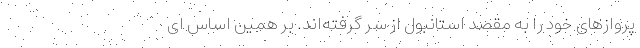
پروازهای خود را به مقصد استانبول از سر گرفته‌اند. بر همین اساس ای